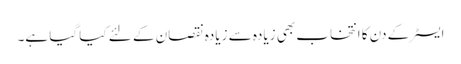
ایسٹر کے دن کا انتخاب بھی زیادہ سے زیادہ نقصان کے لئے کیا گیا ہے۔